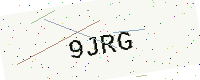
Text: 9JRG